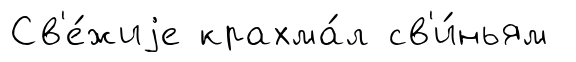
Св'е́жиjе крахма́л св'и́ньям